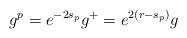
LaTeX: \begin{align*} g^p=e^{-2s_p}g^+=e^{2(r-s_p)}g\end{align*}